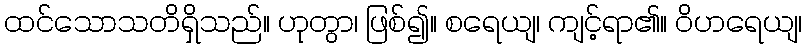
ထင်သောသတိရှိသည်။ ဟုတွာ၊ ဖြစ်၍။ စရေယျ၊ ကျင့်ရာ၏။ ဝိဟရေယျ၊